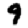
Digit: 9